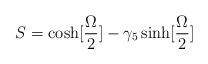
LaTeX: \begin{align*}S= \cosh [{\Omega \over 2}] - \gamma_5 \sinh [{\Omega \over 2}]\end{align*}